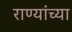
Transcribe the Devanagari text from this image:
राण्यांच्या